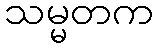
သမ္မတက